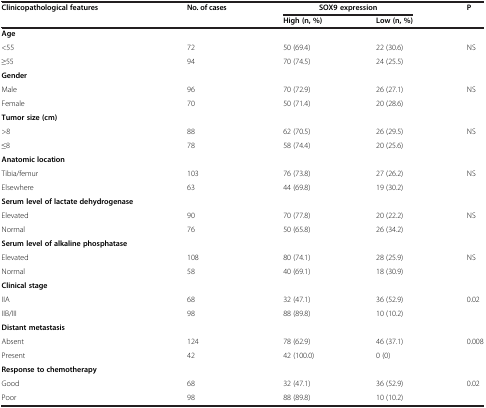
| Clinicopathological features | No.of cases | <COLSPAN=2> SOX9 expression | P |
 |  |  | High(n, %) | Low(n, %) |  |
 | --- | --- | --- | --- | --- |
 | Age |  |  |  |  |
 | <55 | 72 | 50 (69.4) | 22 (30.6) | <ROWSPAN=2> NS |
 | ≥55 | 94 | 70 (74.5) | 24 (25.5) |
 | Gender |  |  |  |  |
 | Male | 96 | 70 (72.9) | 26 (27.1) | <ROWSPAN=2> NS |
 | Female | 70 | 50 (71.4) | 20 (28.6) |
 | Tumor size(cm) |  |  |  |  |
 | >8 | 88 | 62 (70.5) | 26 (29.5) | <ROWSPAN=2> NS |
 | ≤8 | 78 | 58 (74.4) | 20 (25.6) |
 | Anatomic location |  |  |  |  |
 | Tibia/femur | 103 | 76 (73.8) | 27 (26.2) | <ROWSPAN=2> NS |
 | Elsewhere | 63 | 44 (69.8) | 19 (30.2) |
 | Serum level of lactate dehydrogenase |  |  |  |  |
 | Elevated | 90 | 70 (77.8) | 20 (22.2) | <ROWSPAN=2> NS |
 | Normal | 76 | 50 (65.8) | 26 (34.2) |
 | Serum level of alkaline phosphatase |  |  |  |  |
 | Elevated | 108 | 80 (74.1) | 28 (25.9) | <ROWSPAN=2> NS |
 | Normal | 58 | 40 (69.1) | 18 (30.9) |
 | Clinical stage |  |  |  |  |
 | IIA | 68 | 32 (47.1) | 36 (52.9) | <ROWSPAN=2> 0.02 |
 | IIB/III | 98 | 88 (89.8) | 10 (10.2) |
 | Distant metastasis |  |  |  |  |
 | Absent | 124 | 78 (62.9) | 46 (37.1) | <ROWSPAN=2> 0.008 |
 | Present | 42 | 42 (100.0) | 0 (0) |
 | Response to chemotherapy |  |  |  |  |
 | Good | 68 | 32 (47.1) | 36 (52.9) | 0.02 |
 | Poor | 98 | 88 (89.8) | 10 (10.2) |  |